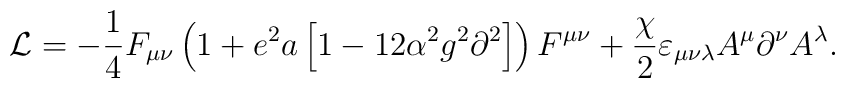
{\cal L} =  - \frac{1}{4}F_{\mu \nu } \left( {1 + e^2 a\left[ {1 -12\alpha ^2 g^2 \partial ^2 } \right]} \right)F^{\mu \nu }  \\ +\frac{\chi }{2}\varepsilon _{\mu \nu \lambda } A^\mu\partial ^\nu A^\lambda\\ .